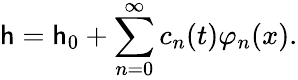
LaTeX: \mathsf{h}=\mathsf{h}_{0}+\sum_{n=0}^{\infty}c_{n}(t)\varphi_{n}(x).